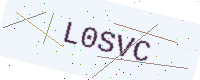
Text: L0SVC